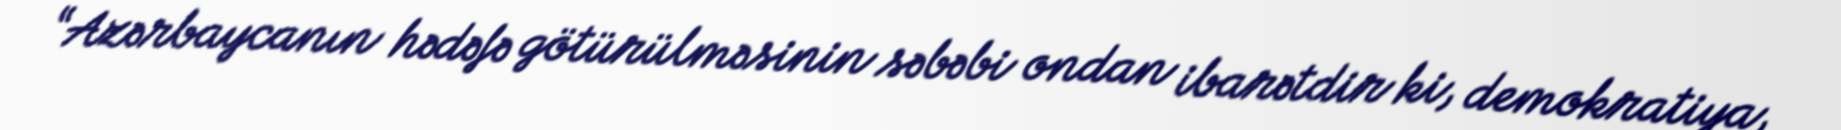
“Azərbaycanın hədəfə götürülməsinin səbəbi ondan ibarətdir ki, demokratiya,